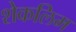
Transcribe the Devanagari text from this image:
शेकलिम